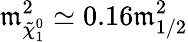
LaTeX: \mathfrak{m}_{\tilde{{\chi}}_{1}^{0}}^{2}\simeq0.16\mathfrak{m}_{1/2}^{2}